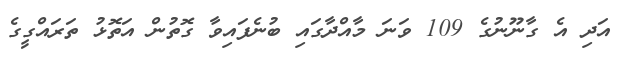
އަދި އެ ގާނޫނުގެ 109 ވަނަ މާއްދާގައި ބުނެފައިވާ ގޮތުން އަތޮޅު ތަރައްގީގެ